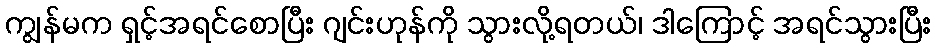
ကျွန်မက ရှင့်အရင်စောပြီး ဂျင်းဟုန်ကို သွားလို့ရတယ်၊ ဒါကြောင့် အရင်သွားပြီး